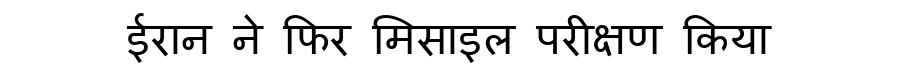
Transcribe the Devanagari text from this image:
ईरान ने फिर मिसाइल परीक्षण किया